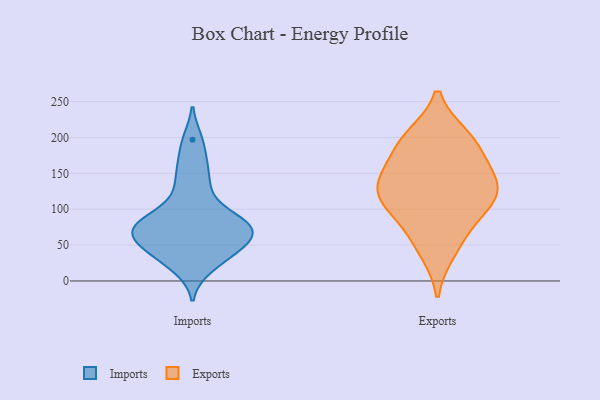
{"axis": {"x": "Operating Costs (USD K)", "y": "Value"}, "legend": ["Exports", "Imports"], "data": [{"x": "", "y": 58, "type": "Imports"}, {"x": "", "y": 85, "type": "Imports"}, {"x": "", "y": 58, "type": "Imports"}, {"x": "", "y": 18, "type": "Imports"}, {"x": "", "y": 81, "type": "Imports"}, {"x": "", "y": 64, "type": "Imports"}, {"x": "", "y": 166, "type": "Imports"}, {"x": "", "y": 89, "type": "Imports"}, {"x": "", "y": 31, "type": "Imports"}, {"x": "", "y": 121, "type": "Imports"}, {"x": "", "y": 40, "type": "Imports"}, {"x": "", "y": 197, "type": "Imports"}, {"x": "", "y": 77, "type": "Imports"}, {"x": "", "y": 142, "type": "Imports"}, {"x": "", "y": 52, "type": "Imports"}, {"x": "", "y": 77, "type": "Imports"}, {"x": "", "y": 136, "type": "Exports"}, {"x": "", "y": 193, "type": "Exports"}, {"x": "", "y": 42, "type": "Exports"}, {"x": "", "y": 101, "type": "Exports"}, {"x": "", "y": 113, "type": "Exports"}, {"x": "", "y": 200, "type": "Exports"}, {"x": "", "y": 126, "type": "Exports"}, {"x": "", "y": 149, "type": "Exports"}, {"x": "", "y": 65, "type": "Exports"}, {"x": "", "y": 152, "type": "Exports"}, {"x": "", "y": 110, "type": "Exports"}, {"x": "", "y": 194, "type": "Exports"}]}